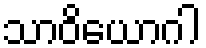
သာဝိယောဂါ